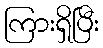
ကြားရှိပြီး